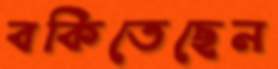
বকিতেছেন